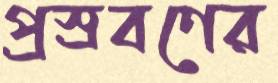
প্রস্রবণের